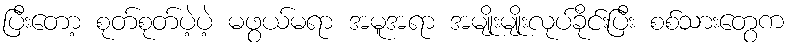
ပြီးတော့ စုတ်စုတ်ပဲ့ပဲ့ မဖွယ်မရာ အမူအရာ အမျိုးမျိုးလုပ်ခိုင်းပြီး စစ်သားတွေက